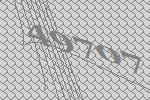
49707